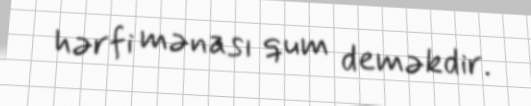
hərfi mənası qum deməkdir.